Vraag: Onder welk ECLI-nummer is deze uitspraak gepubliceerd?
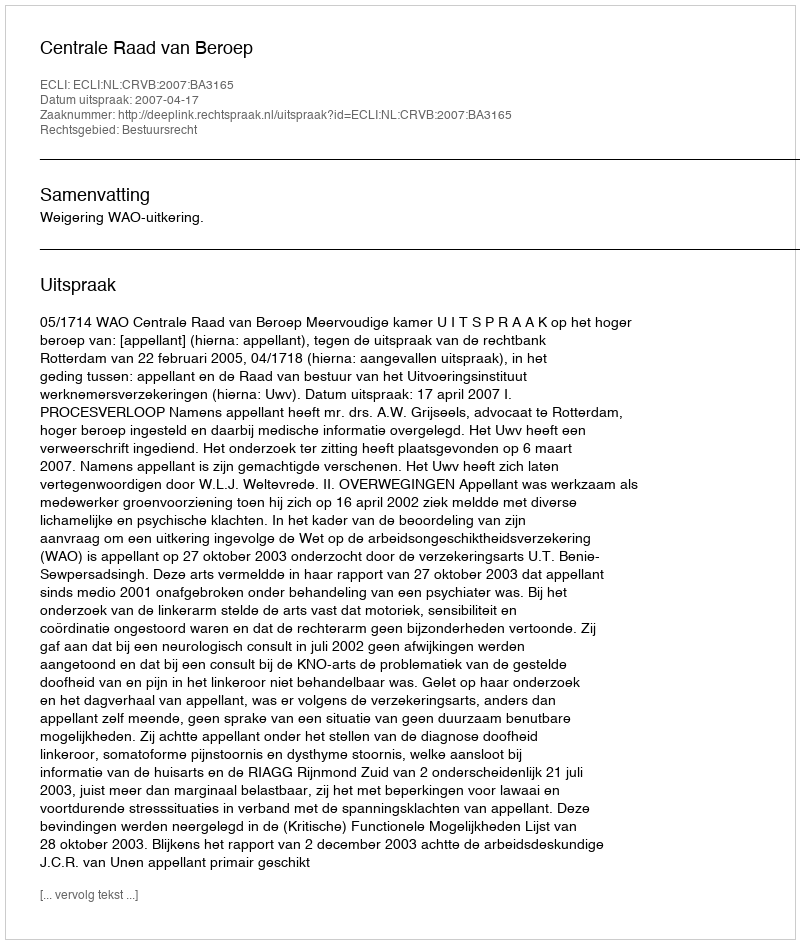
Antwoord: ECLI:NL:CRVB:2007:BA3165